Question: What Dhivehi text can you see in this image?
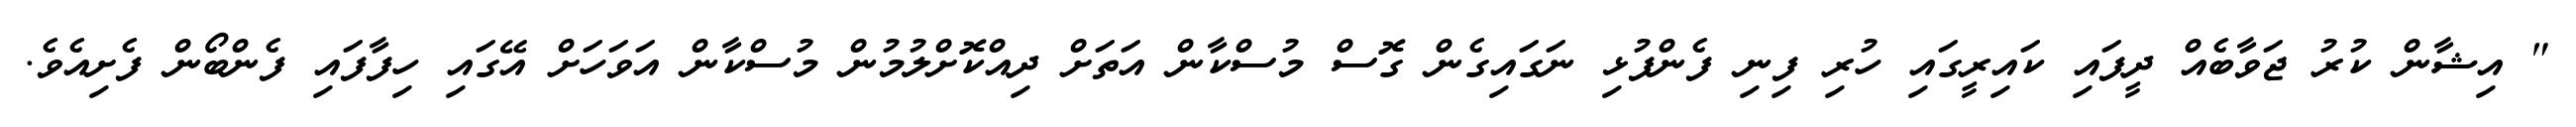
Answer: " އިޝާން ކުރު ޖަވާބެއް ދީފައި ކައިރީގައި ހުރި ފިނި ފެންފުޅި ނަގައިގެން ގޮސް މުސްކާން އަތަށް ދިއްކޮށްލުމުން މުސްކާން އަވަހަށް އޭގައި ހިފާފައި ފެންބޯން ފެށިއެވެ.